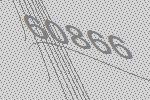
60866